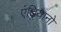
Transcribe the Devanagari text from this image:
एंड्रियानो